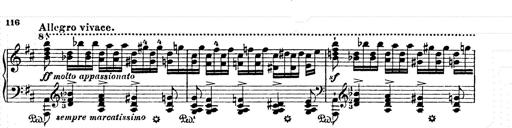
Title: AnnÃ©es de pÃ¨lerinage II
Composer: Franz Liszt